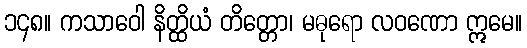
၁၄၈။ ကသာဝေါ နိတ္ထိယံ တိတ္တော၊ မဓုရော လဝဏော ဣမေ။